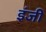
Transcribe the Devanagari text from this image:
इंजी